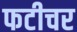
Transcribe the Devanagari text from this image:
फटीचर